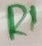
Text: R1